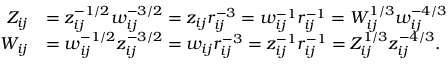
\begin{array} { r l r l r } & { } & { Z _ { i j } } & { = z _ { i j } ^ { - 1 / 2 } w _ { i j } ^ { - 3 / 2 } = z _ { i j } r _ { i j } ^ { - 3 } = w _ { i j } ^ { - 1 } r _ { i j } ^ { - 1 } = W _ { i j } ^ { 1 / 3 } w _ { i j } ^ { - 4 / 3 } } & \\ & { } & { W _ { i j } } & { = w _ { i j } ^ { - 1 / 2 } z _ { i j } ^ { - 3 / 2 } = w _ { i j } r _ { i j } ^ { - 3 } = z _ { i j } ^ { - 1 } r _ { i j } ^ { - 1 } = Z _ { i j } ^ { 1 / 3 } z _ { i j } ^ { - 4 / 3 } . } & \end{array}